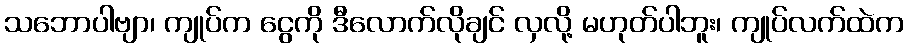
သဘောပါဗျာ၊ ကျုပ်က ငွေကို ဒီလောက်လိုချင် လှလို့ မဟုတ်ပါဘူး၊ ကျုပ်လက်ထဲက